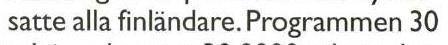
satte alla finländare.Programmen 30